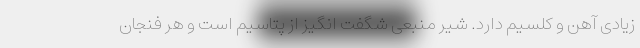
زیادی آهن و کلسیم دارد. شیر منبعی شگفت انگیز از پتاسیم است و هر فنجان